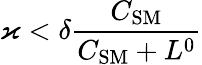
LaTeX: \varkappa<\delta\frac{C_{\mathrm{SM}}}{C_{\mathrm{SM}}+L^{0}}